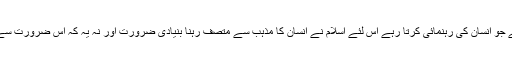
زندگی کے ان مراحل کے لئے ایک ایسے قانون کی ضرورت ہے جو انسان کی رہنمائی کرتا رہے اس لئے اسلام نے انسان کا مذہب سے متصف رہنا بنیادی ضرورت اور نہ یہ کہ اس ضرورت سے متصف رہنا بلکہ اس کی حمایت و حفاظت پر بھی زور دیا ہے۔